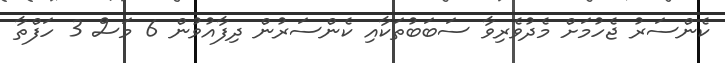
ކެންސަރު ޖެހުމަށް މެދުވެރިވާ ސަބަބުތަކާއި ކެންސަރުން ދިފާއުވުން 6 މަސް 3 ހަފްތާ